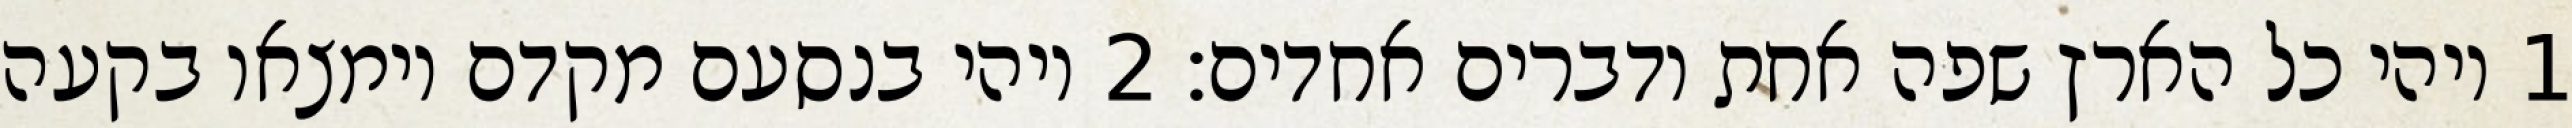
1 ויהי כל הארץ שפה אחת ודברים אחדים׃ ‎2‏ ויהי בנסעם מקדם וימצאו בקעה